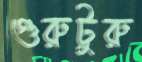
গুরুটুরু